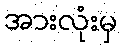
အားလုံးမှ